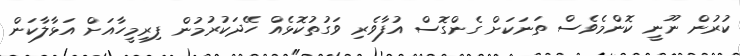
ކުރުން ނޫނީ ކޮންމެވެސް ތަނަކަށް ގެންގޮސް އުފާވެރި ވަގުތުކޮޅެއް ހޭދަކުރުމުން ފިރިމީހާއަށް އަޅާލާކަން